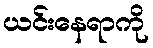
ယင်းနေရာကို